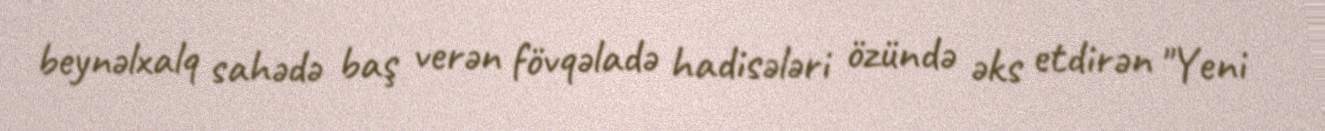
beynəlxalq sahədə baş verən fövqəladə hadisələri özündə əks etdirən "Yeni